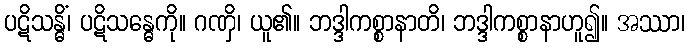
ပဋိသန္ဓိံ၊ ပဋိသန္ဓေကို။ ဂဏှိ၊ ယူ၏။ ဘဒ္ဒါကစ္စာနာတိ၊ ဘဒ္ဒါကစ္စာနာဟူ၍။ အဿာ၊